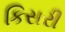
કિસરી